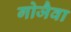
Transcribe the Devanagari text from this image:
गोजैवा